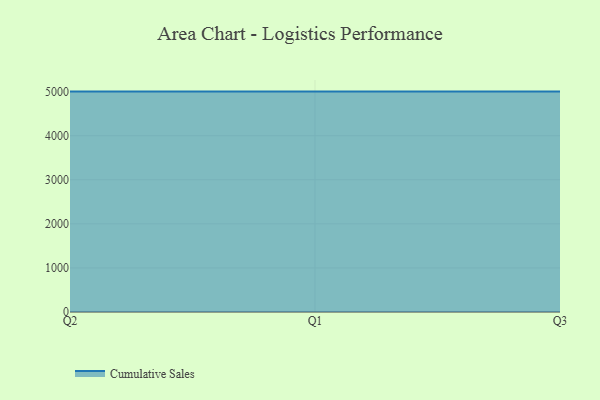
{"axis": {"x": "Quarter", "y": "Waste Production (Tons)"}, "legend": ["Cumulative Sales"], "data": [{"x": "Q2", "y": 5000, "type": "Cumulative Sales"}, {"x": "Q1", "y": 5000, "type": "Cumulative Sales"}, {"x": "Q3", "y": 5000, "type": "Cumulative Sales"}]}